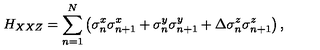
H _ { X X Z } = \sum _ { n = 1 } ^ { N } \left( \sigma _ { n } ^ { x } \sigma _ { n + 1 } ^ { x } + \sigma _ { n } ^ { y } \sigma _ { n + 1 } ^ { y } + \Delta \sigma _ { n } ^ { z } \sigma _ { n + 1 } ^ { z } \right) ,